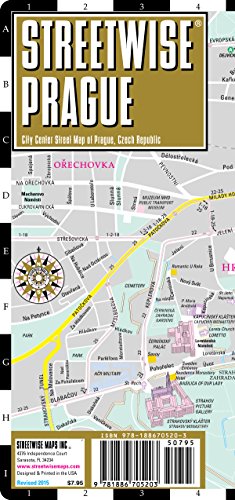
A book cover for Streetwise Prague Map - Laminated City Center Street Map of Prague, Czech Republic; Streetwise Maps; Reference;